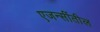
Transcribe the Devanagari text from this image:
एजन्सींतील